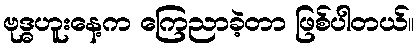
ဗုဒ္ဓဟူးနေ့က ကြေညာခဲ့တာ ဖြစ်ပါတယ်။